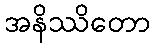
အနိဿိတော